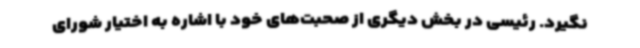
نگیرد. رئیسی در بخش دیگری از صحبت‌های خود با اشاره به اختیار شورای